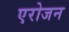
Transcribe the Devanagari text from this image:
एरोजन